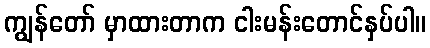
ကျွန်တော် မှာထားတာက ငါးမန်းတောင်နှပ်ပါ။